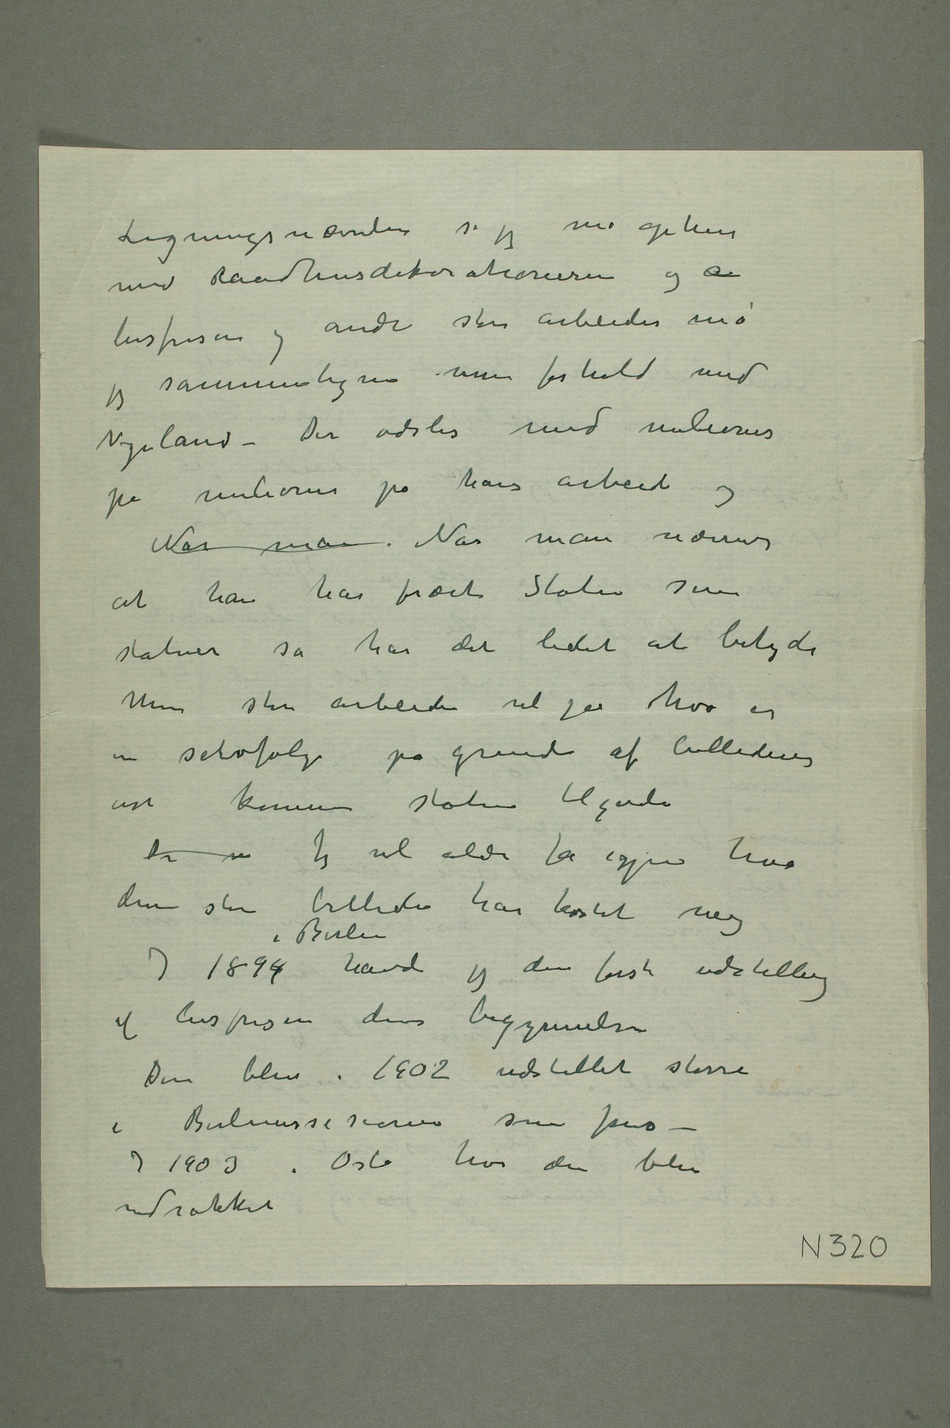
med Raadhusdekorationerne og a
livsfrisen og andre store arbeider må
jeg sammenligne mine forhold med
Vigeland – Der ødsles med milioner
på milioner på hans arbeid
og Når man Når man nævner
at han har forært Staten sine
statuer så har det lidet at betyde
Mine store arbeider vil jo hva er
en selvfølge på grund af billedenes
art komme Staten tilgode
Der  Jeg vil aldri få igjen hva
disse store billeder har kostet mig
I 1894 i Berlin havde jeg den første udstilling
af livsfrisen dens begyndelse
Den blev i 1902 udstillet større
i Berlinersesecionen som fris
– I 1903 i Oslo hvor den blev